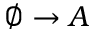
\emptyset \to A